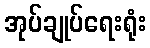
အုပ်ချုပ်ရေးရုံး